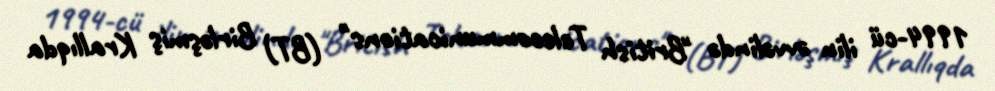
1994-cü ilin əvvəlində "British Telecommunications" (BT) Birləşmiş Krallıqda